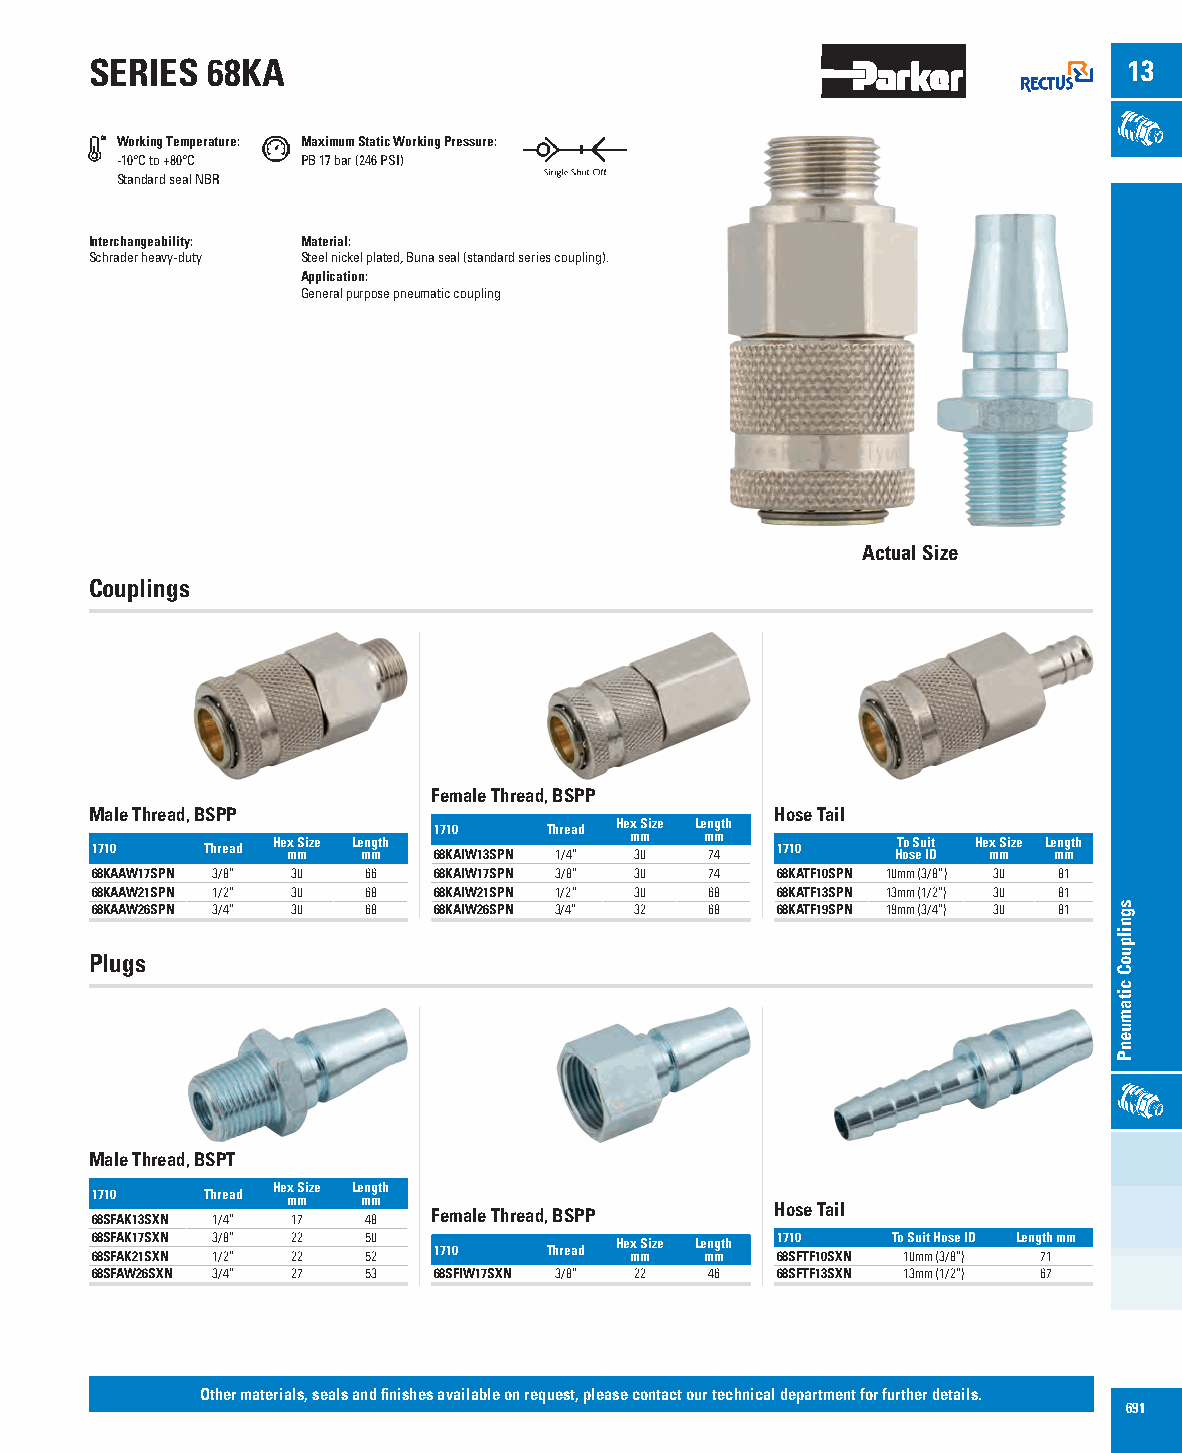
SERIES  68KA                                                         13
 Working Temperature: Maximum Static Working Pressure:
 -10°C to +80°C PB 17 bar (246 PSI)
 Standard seal NBR
 Interchangeability: Material:
 Schrader heavy-duty Steel nickel plated, Buna seal (standard series coupling).
 Application:
 General purpose pneumatic coupling
 Actual Size
 Couplings
 Female Thread, BSPP
 Male Thread, BSPP                            Hose Tail
 Hex Size Length
 1710   Thread He mx mSize Le mn mgth 1 67 81 K0 AIW13SPN Th 1r /e 4a ”d m 3m 0 m 74m 1710 HT oo s S eu Ii Dt He mx mSize Le mn mgth
 68KAAW17SPN 3/8” 30 66 68KAIW17SPN 3/8” 30 74 68KATF10SPN 10mm (3/8”) 30 81
 68KAAW21SPN 1/2” 30 68 68KAIW21SPN 1/2” 30 68 68KATF13SPN 13mm (1/2”) 30 81
 68KAAW26SPN 3/4” 30 68 68KAIW26SPN 3/4” 32 68 68KATF19SPN 19mm (3/4”) 30 81
 Plugs
 Male Thread, BSPT
 Hex Size Length
 1710   Thread mm  mm
 68SFAK13SXN 1/4” 17 48 Female Thread, BSPP   Hose Tail
 68SFAK17SXN 3/8” 22 50             Hex Size Length 1710 To Suit Hose ID Length mm
 68SFAK21SXN 1/2” 22 52 1710   Thread mm  mm  68SFTF10SXN 10mm (3/8”) 71
 68SFAW26SXN 3/4” 27 53 68SFIW17SXN 3/8” 22 46 68SFTF13SXN 13mm (1/2”) 67
 Other materials, seals and finishes available on request, please contact our technical department for further details.
 691
 sgnilpuoC
 citamuenP